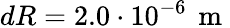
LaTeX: dR=2.0\cdot 10^{-6}\, \mathrm{~m~}